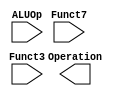
`timescale 1ns / 1ps

module ALUController (
    ALUOp, Funct7, Funct3, Operation
    );
    
    input [1:0] ALUOp;
    input [6:0] Funct7;
    input [2:0] Funct3;
    output [3:0] Operation;
    
    wire [9:0] ALUControlIn;
    assign ALUControlIn = {Funct7, Funct3, ALUOp};
    
endmodule